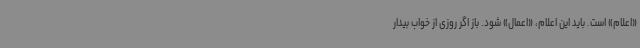
«اعلام» است. باید این اعلام، «اعمال» شود. باز اگر روزی از خواب بیدار